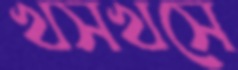
খসখসে